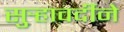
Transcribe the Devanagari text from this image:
सुर्‍हावर्दीने